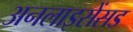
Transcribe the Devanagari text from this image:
अनलाइसेंसड